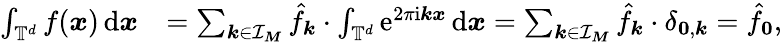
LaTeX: \begin{array}{rl}{\int_{\mathbb T^{d}}f(\boldsymbol x)\, \mathrm d\boldsymbol x}&{=\sum_{\boldsymbol k\in{\mathcal I_{\boldsymbol M}}}\hat{f}_{\boldsymbol k}\cdot\int_{\mathbb T^{d}}\mathrm e^{2\pi\mathrm i\boldsymbol k\boldsymbol x}\, \mathrm d\boldsymbol x=\sum_{\boldsymbol k\in{\mathcal I_{\boldsymbol M}}}\hat{f}_{\boldsymbol k}\cdot\delta_{\boldsymbol 0,\boldsymbol k}=\hat{f}_{\boldsymbol 0},}\end{array}